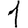
Digit: 1